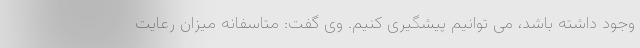
وجود داشته باشد، می توانیم پیشگیری کنیم. وی گفت: متاسفانه میزان رعایت